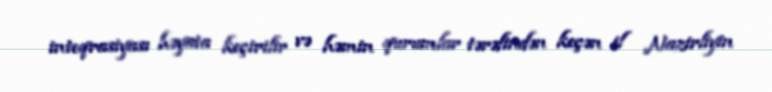
inteqrasiyası həyata keçirilir və həmin qurumlar tərəfindən keçən il Nazirliyin